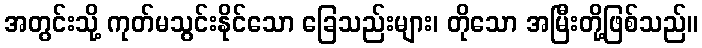
အတွင်းသို့ ကုတ်မသွင်းနိုင်သော ခြေသည်းများ၊ တိုသော အမြီးတို့ဖြစ်သည်။